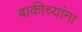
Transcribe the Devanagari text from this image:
बाकीच्यांना